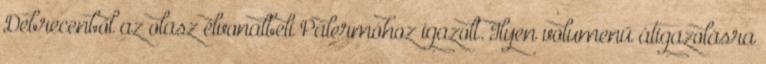
Debrecenből az olasz élvonalbeli Palermóhoz igazolt. Ilyen volumenű átigazolásra